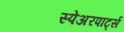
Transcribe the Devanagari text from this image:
स्पेअरपार्ट्स